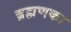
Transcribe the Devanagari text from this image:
ब्रह्मणका